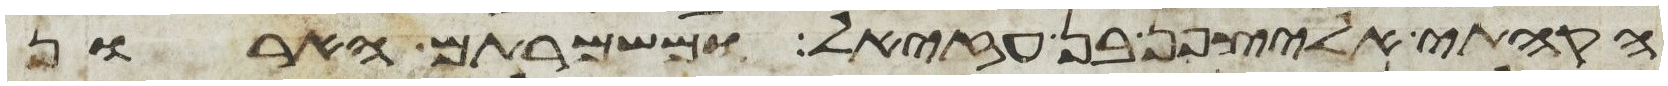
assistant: הקהתי אליצפן בן עזיאל ומשמרתם הארון